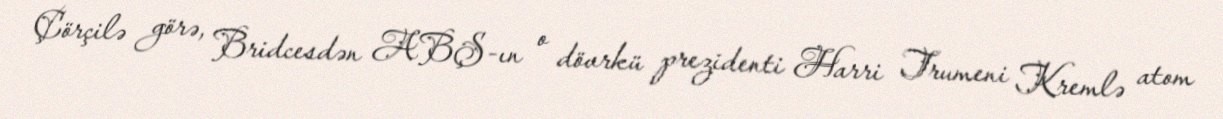
Çörçilə görə, Bridcesdən ABŞ-ın o dövrkü prezidenti Harri Trumeni Kremlə atom